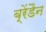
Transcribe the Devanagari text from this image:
ब्रेंडैन